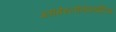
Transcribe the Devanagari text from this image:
ग्लोमेरुलोनेफ्राईटिस